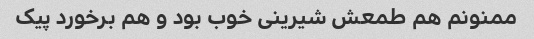
ممنونم هم طمعش شیرینی خوب بود و هم برخورد پیک